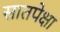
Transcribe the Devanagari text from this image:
सातपेक्षा